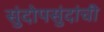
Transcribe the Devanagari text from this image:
सुंदोपसुंदांची